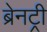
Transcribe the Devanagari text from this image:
ब्रेनट्री